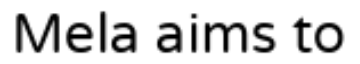
Mela aims to